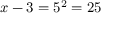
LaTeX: x - 3 = 5 ^ { 2 } = 2 5